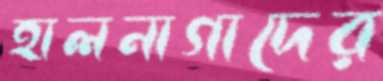
হালনাগাদের